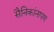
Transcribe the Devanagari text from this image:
सैनिकांनापण